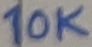
Text: 10K